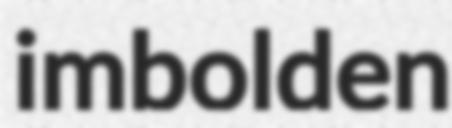
imbolden